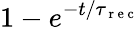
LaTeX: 1-e^{{-t}/{\tau_{\mathrm{~r~e~c~}}}}